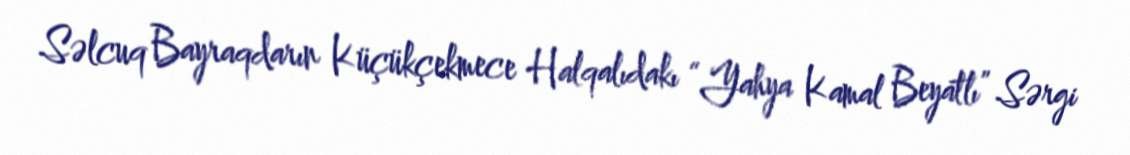
Səlcuq Bayraqdarın Küçükçekmece Halqalıdakı “Yahya Kamal Beyatlı” Sərgi